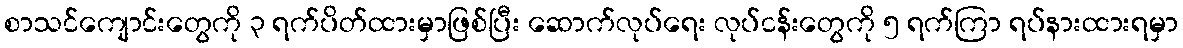
စာသင်ကျောင်းတွေကို ၃ ရက်ပိတ်ထားမှာဖြစ်ပြီး ဆောက်လုပ်ရေး လုပ်ငန်းတွေကို ၅ ရက်ကြာ ရပ်နားထားရမှာ